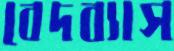
বেদব্যাস